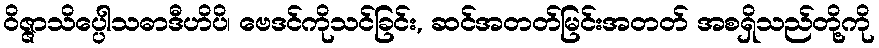
ဝိဇ္ဇာသိပ္ပေါသဓာဒီဟိပိ၊ ဗေဒင်ကိုသင်ခြင်း, ဆင်အတတ်မြင်းအတတ် အစရှိသည်တို့ကို